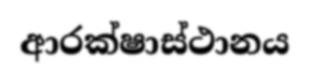
ආරක්ෂාස්ථානය